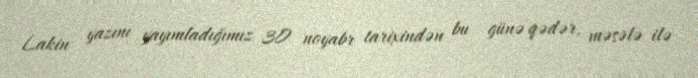
Lakin yazını yayımladığımız 30 noyabr tarixindən bu günə qədər, məsələ ilə